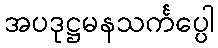
အပဒုဋ္ဌမနသင်္ကပ္ပေါ